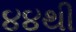
૪૪થી